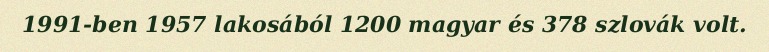
1991-ben 1957 lakosából 1200 magyar és 378 szlovák volt.